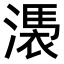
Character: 𣻴